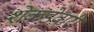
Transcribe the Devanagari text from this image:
शेकडेवारी